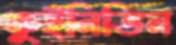
কুইনিডিন